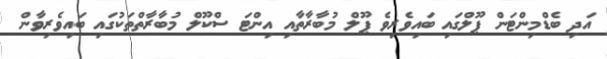
އަދި ބެޑްމިންޓަން ޕޫލްގައި ބައިވެރިވެ ޕޫލް މުބާރާތާއި އިންޓަ ސްކޫލް މުބާރާތްތަކުގައި ބައިވެރިވާން